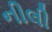
નીલી